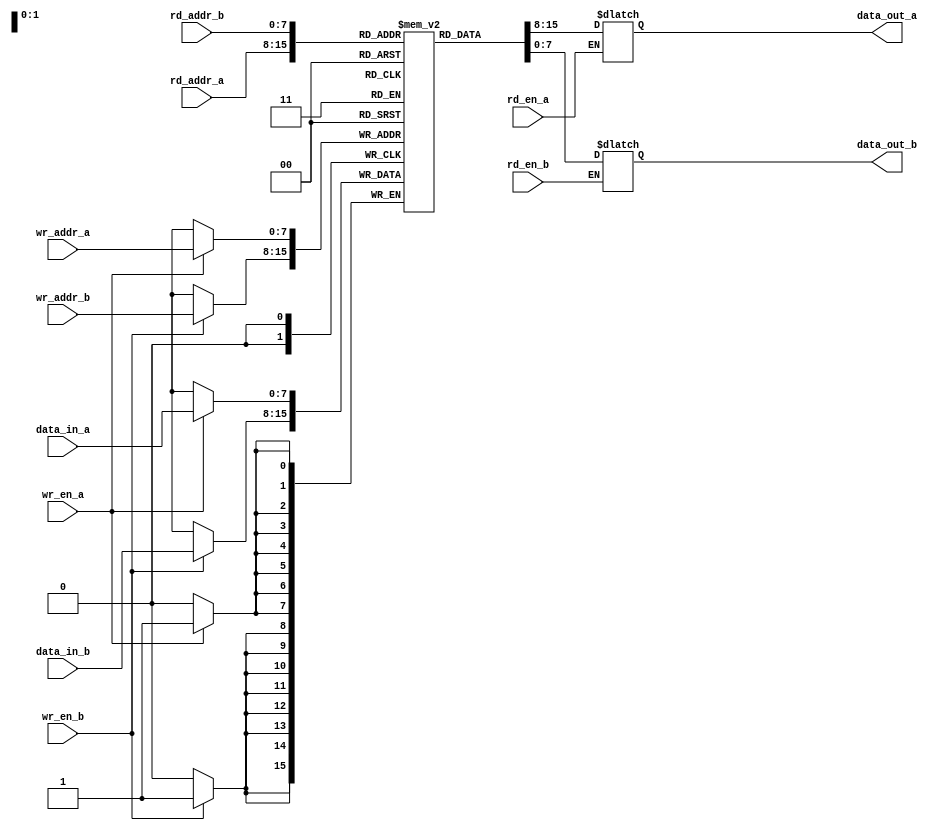
module dual_port_register_file (
  input wire [7:0] data_in_a,
  input wire [7:0] data_in_b,
  input wire rd_en_a,
  input wire rd_en_b,
  input wire wr_en_a,
  input wire wr_en_b,
  input wire [7:0] rd_addr_a,
  input wire [7:0] rd_addr_b,
  input wire [7:0] wr_addr_a,
  input wire [7:0] wr_addr_b,
  output reg [7:0] data_out_a,
  output reg [7:0] data_out_b
);

reg [7:0] mem [0:255];

always @(posedge clk) begin
  if (wr_en_a)
    mem[wr_addr_a] <= data_in_a;
  if (wr_en_b)
    mem[wr_addr_b] <= data_in_b;
end

always @(*) begin
  if (rd_en_a)
    data_out_a <= mem[rd_addr_a];
  if (rd_en_b)
    data_out_b <= mem[rd_addr_b];
end

endmodule